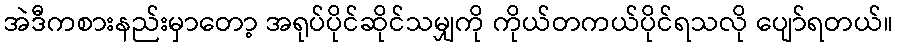
အဲဒီကစားနည်းမှာတော့ အရုပ်ပိုင်ဆိုင်သမျှကို ကိုယ်တကယ်ပိုင်ရသလို ပျော်ရတယ်။